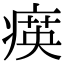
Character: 𤸡